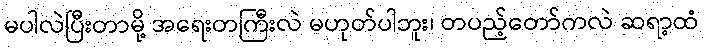
မပါလဲပြီးတာမို့ အရေးတကြီးလဲ မဟုတ်ပါဘူး၊ တပည့်တော်ကလဲ ဆရာ့ထံ